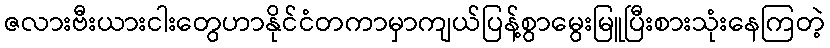
ဇလားဗီးယားငါးတွေဟာနိုင်ငံတကာမှာကျယ်ပြန့်စွာမွေးမြူပြီးစားသုံးနေကြတဲ့